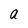
Character: a